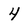
Character: 4